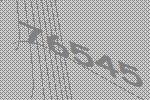
76545